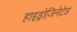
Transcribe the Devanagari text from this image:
हाइड्रोजिनेटेड